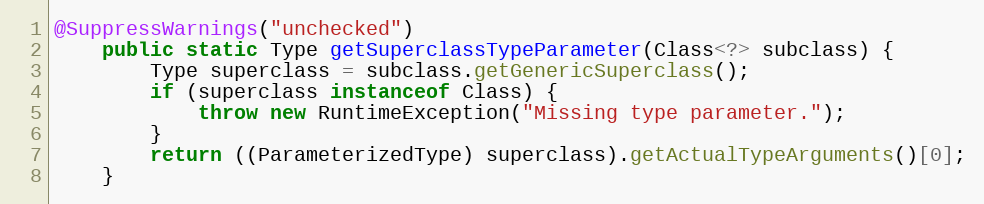
Language: Java
@SuppressWarnings("unchecked")
	public static Type getSuperclassTypeParameter(Class<?> subclass) {
		Type superclass = subclass.getGenericSuperclass();
		if (superclass instanceof Class) {
			throw new RuntimeException("Missing type parameter.");
		}
		return ((ParameterizedType) superclass).getActualTypeArguments()[0];
	}